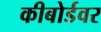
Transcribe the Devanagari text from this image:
कीबोर्डवर